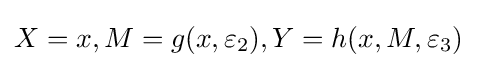
X=x,M=g(x,\varepsilon _{2}),Y=h(x,M,\varepsilon _{3})